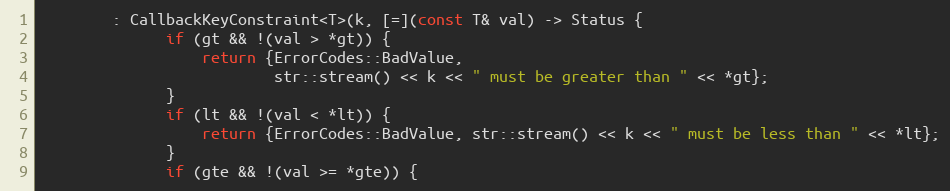
Language: C
        : CallbackKeyConstraint<T>(k, [=](const T& val) -> Status {
              if (gt && !(val > *gt)) {
                  return {ErrorCodes::BadValue,
                          str::stream() << k << " must be greater than " << *gt};
              }
              if (lt && !(val < *lt)) {
                  return {ErrorCodes::BadValue, str::stream() << k << " must be less than " << *lt};
              }
              if (gte && !(val >= *gte)) {